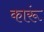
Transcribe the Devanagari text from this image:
कारूं